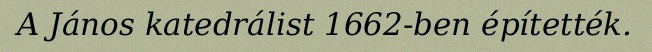
A János katedrálist 1662-ben építették.